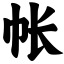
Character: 帐